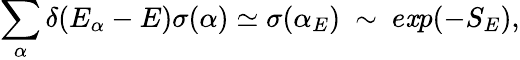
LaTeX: \sum_{\alpha}\delta(E_{\alpha}-E)\sigma(\alpha)\simeq\sigma(\alpha_{E})~\sim~e\mathit{x}p(-S_{E}),